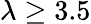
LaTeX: \lambda\ge 3.5